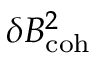
\delta B _ { \mathrm { c o h } } ^ { 2 }